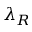
\lambda _ { R }